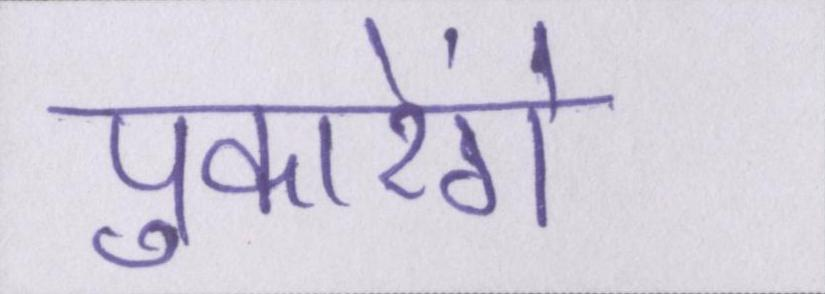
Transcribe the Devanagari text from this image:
पुकारेंगे